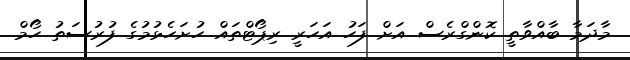
މާދަމާ ބާއްވާތީ ކޮންގްރެސް އަށް ފަހު އަހަރީ ރިޕޯޓްތައް ހުށަހެޅުމުގެ ފުރުސަތު ހޯމް